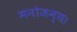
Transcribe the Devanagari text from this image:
मनोजन्य।